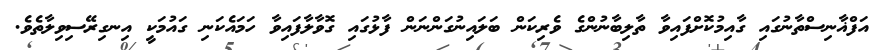
އަފްޣާނިސްތާނުގައި ގާއިމުކޮށްފައިވާ ތާލިބާނުންގެ ވެރިކަން ބަލައިނުގަންނަން ފާޅުގައި ގޮވާލާފައިވާ ހަމައެކަނި ގައުމަކީ އިނގިރޭސިވިލާތެވެ.